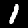
Digit: 1